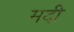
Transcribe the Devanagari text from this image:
मदी